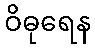
ဝိဓုရေန